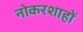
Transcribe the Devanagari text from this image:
नोकरशाहों